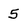
Character: 5